Vaccination in Bombay 1863-1868 - 1863-1868
Year: 1863
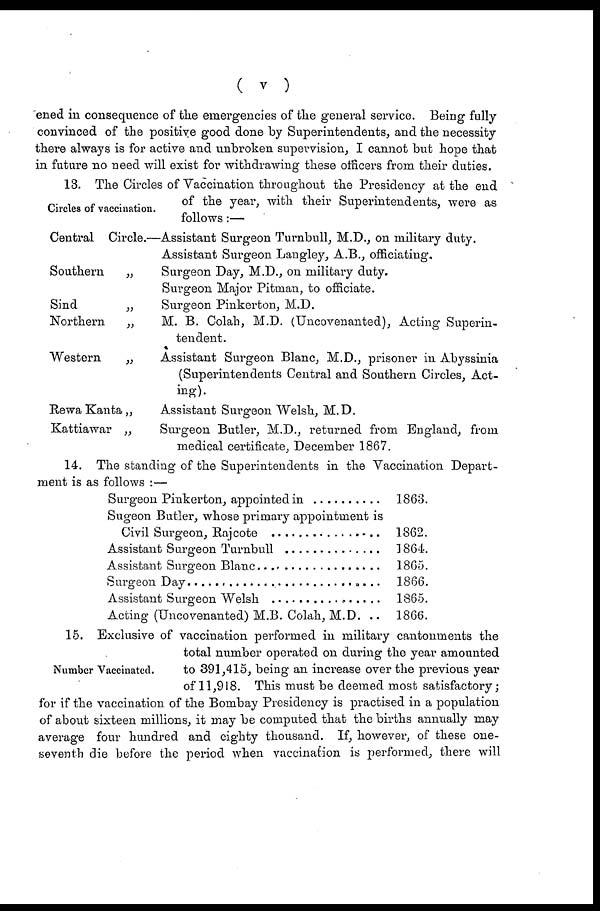
( v )
ened in consequence of the emergencies of the general service. Being fully
convinced of the positive good done by Superintendents, and the necessity
there always is for active and unbroken supervision, I cannot but hope that
in future no need will exist for withdrawing these officers from their duties.
Circles of vaccination.
13. The Circles of Vaccination throughout the Presidency at the end
of the year, with their Superintendents, were as
follows:—
Central Circle.—
Southern
„
Sind
„
Northern
„
Western
„
Rewa Kanta „
Kattiawar „
Assistant Surgeon Turnbull, M.D., on military duty.
Assistant Surgeon Langley, A.B., officiating.
Surgeon Day, M.D., on military duty.
Surgeon Major Pitman, to officiate.
Surgeon Pinkerton, M.D.
M. B. Colah, M.D. (Uncovenanted), Acting Superin-
tendent.
Assistant Surgeon Blanc, M.D., prisoner in Abyssinia
(Superintendents Central and Southern Circles, Act-
ing).
Assistant Surgeon Welsh, M.D.
Surgeon Butler, M.D., returned from England, from
medical certificate, December 1867.
14. The standing of the Superintendents in the Vaccination Depart-
ment is as follows :—
Sugeon Pinkerton, appointed in ..........
Sugeon Butler, whose primary appointment is
Civil Surgeon, Rajcote ................
Assistant Surgeon Turnbull ..............
Assistant Surgeon Blanc ................
Surgeon Day ........................
Assistant Surgeon Welsh ................
Acting (Uncovenanted) M.B. Colah, M.D. ..
1863.
1862.
1864.
1865.
1866.
1865.
1866.
Number Vaccinated.
15. Exclusive of vaccination performed in military cantonments the
total number operated on during the year amounted
to 391,415, being an increase over the previous year
of 11,918. This must be deemed most satisfactory;
for if the vaccination of the Bombay Presidency is practised in a population
of about sixteen millions, it may be computed that the births annually may
average four hundred and eighty thousand. If, however, of these one-
seventh die before the period when vaccination is performed, there will